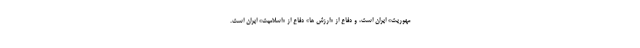
مهوریت» ایران است، و دفاع از «ارزش ها» دفاع از «اسلامیت» ایران است.